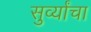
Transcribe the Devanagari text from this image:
सुर्व्यांचा